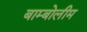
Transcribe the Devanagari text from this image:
बाम्बोलीम